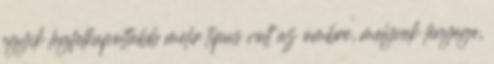
egyik legfelkapottabb melír típus volt az ombre, melynek lényege,